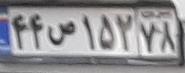
۴۴ص۱۵۲۷۸